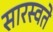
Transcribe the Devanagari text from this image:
सारस्वते